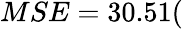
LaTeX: MSE=30.51(\